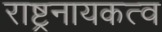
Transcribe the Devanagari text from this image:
राष्ट्रनायकत्व